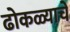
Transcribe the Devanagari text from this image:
ढोकळ्याचे